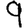
Digit: 9